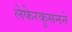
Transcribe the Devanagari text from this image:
लेफेरकुसनने